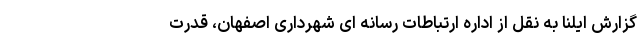
گزارش ایلنا به نقل از اداره ارتباطات رسانه ای شهرداری اصفهان، قدرت